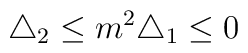
\bigtriangleup _2\leq m^2\bigtriangleup _1\leq 0